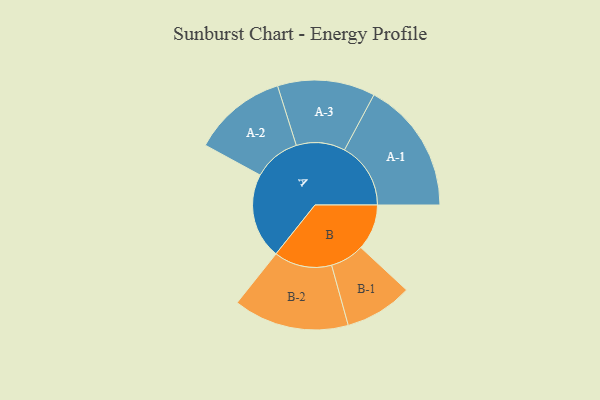
{"axis": {"x": "Segment", "y": "Value"}, "legend": ["", "A", "B"], "data": [{"x": "A", "y": 379, "type": ""}, {"x": "B", "y": 203, "type": ""}, {"x": "A-1", "y": 293, "type": "A"}, {"x": "A-2", "y": 208, "type": "A"}, {"x": "A-3", "y": 216, "type": "A"}, {"x": "B-1", "y": 150, "type": "B"}, {"x": "B-2", "y": 256, "type": "B"}]}